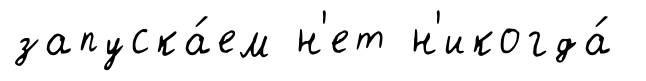
запуска́ем н'ет н'икогда́